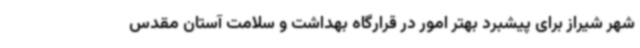
شهر شیراز برای پیشبرد بهتر امور در قرارگاه بهداشت و سلامت آستان مقدس